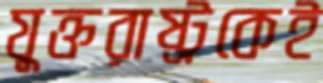
যুক্তরাষ্ট্রকেই